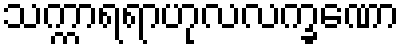
သက္ကာရရာဟုလလက္ခဏော